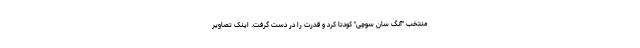
منتخب "آنگ سان سوچی" کودتا کرد و قدرت را در دست گرفت. اینک تصاویر